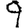
Digit: 9